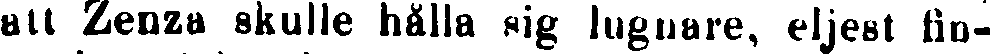
all Zenza skulle hålla sig lugnare, eljest fin-